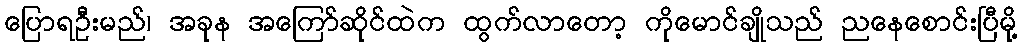
ပြောရဦးမည်၊ အခုန အကြော်ဆိုင်ထဲက ထွက်လာတော့ ကိုမောင်ချိုသည် ညနေစောင်းပြီမို့